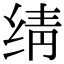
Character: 𬘬